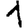
Digit: 1